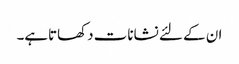
ان کے لئے نشانات دکھاتاہے۔